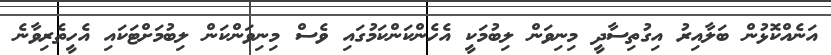
އަނެއްކޮޅުން ބަލާއިރު އިގުތިސާދީ މިނިވަން ލިބުމަކީ އެހެންކަންކަމުގައި ވެސް މިނިވަންކަން ލިބުމަށްޓަކައި އެހީތެރިވާނެ